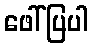
ဖေါ်ပြပါ